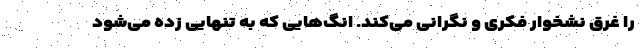
را غرق نشخوار فکری و نگرانی می‌کند. انگ‌هایی که به تنهایی زده می‌شود